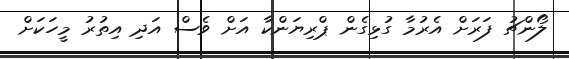
ލޯންޗު ފަރަށް އެރުމާ ގުޅިގެން ޕްރިޔަންކާ އަށް ވެސް އަދި އިތުރު މީހަކަށް